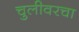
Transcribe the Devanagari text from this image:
चुलीवरचा